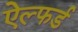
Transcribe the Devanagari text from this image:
ऐल्फर्ड